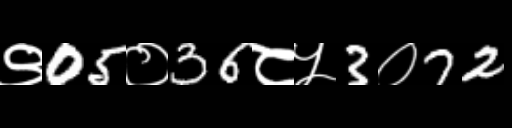
Text: ९05०36८५3०72